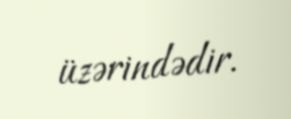
üzərindədir.